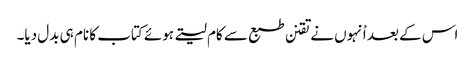
اس کے بعد اْنہوں نے تقنن طبع سے کام لیتے ہوئے کتاب کا نام ہی بدل دیا۔